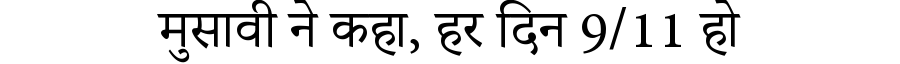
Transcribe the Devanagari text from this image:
मुसावी ने कहा, हर दिन 9/11 हो